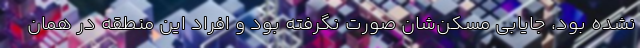
نشده بود، جایابی مسکن‌شان صورت نگرفته بود و افراد این منطقه در همان